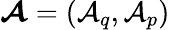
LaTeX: {\boldsymbol{\cal A}}=({\cal A}_{q},{\cal A}_{p})